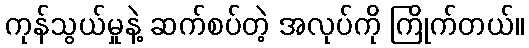
ကုန်သွယ်မှုနဲ့ ဆက်စပ်တဲ့ အလုပ်ကို ကြိုက်တယ်။